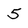
Character: 5